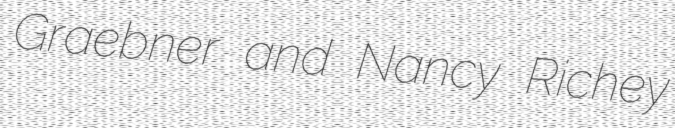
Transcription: Graebner and Nancy Richey